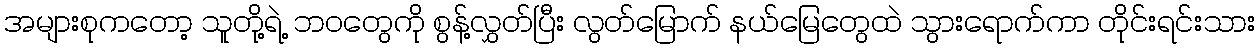
အများစုကတော့ သူတို့ရဲ့ ဘဝတွေကို စွန့်လွှတ်ပြီး လွတ်မြောက် နယ်မြေတွေထဲ သွားရောက်ကာ တိုင်းရင်းသား